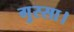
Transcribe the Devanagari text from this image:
गुस्सा।